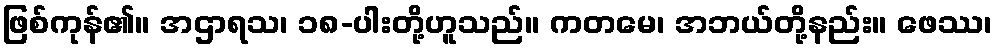
ဖြစ်ကုန်၏။ အဌာရသ၊ ၁၈-ပါးတို့ဟူသည်။ ကတမေ၊ အဘယ်တို့နည်း။ ဖေဿ၊